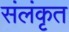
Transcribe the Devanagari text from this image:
संलंकृत